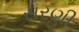
સરણી